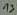
Text: 13